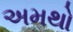
અમથો